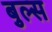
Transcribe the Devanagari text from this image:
बुल्‍स